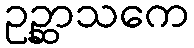
ဥဉ္ဆာသကေ